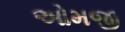
ઓમજી